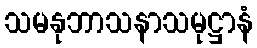
သမနုဘာသနာသမုဋ္ဌာနံ